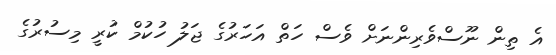
އެ ތިން ނޫސްވެރިންނަށް ވެސް ހަތް އަހަރުގެ ޖަލު ހުކުމް ކުރީ މިސުރުގެ